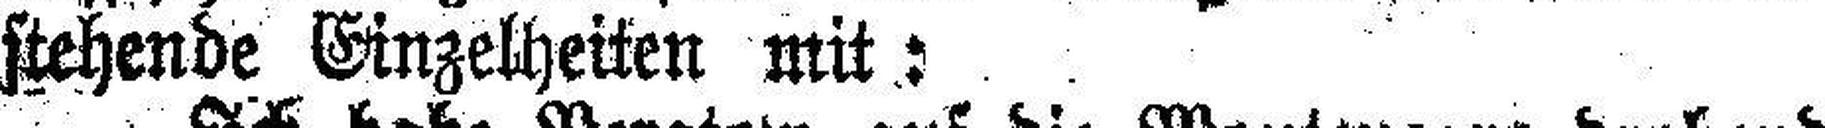
stehende Einzelheiten mit: